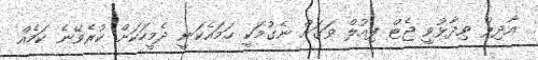
އާދިލް ވިދާޅުވީ ޖެޓް ފިއުލް ވަގަށް ނެގުމަކީ ހަމައެކަނީ ދެމީހަކަށް ކުރެވޭނެ ކަމެއް